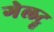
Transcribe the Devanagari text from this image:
गेलट्रू